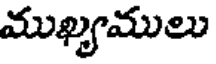
ముఖ్యములు